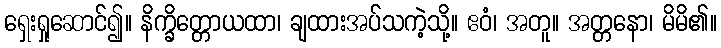
ရှေးရှုဆောင်၍။ နိက္ခိတ္တောယထာ၊ ချထားအပ်သကဲ့သို့။ ဧဝံ၊ အတူ။ အတ္တနော၊ မိမိ၏။